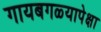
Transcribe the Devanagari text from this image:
गायबगळ्यापेक्षा